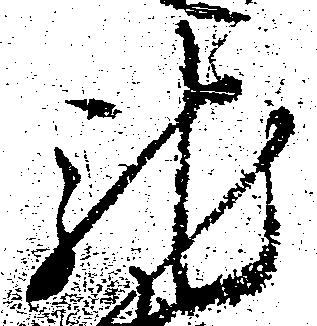
馳